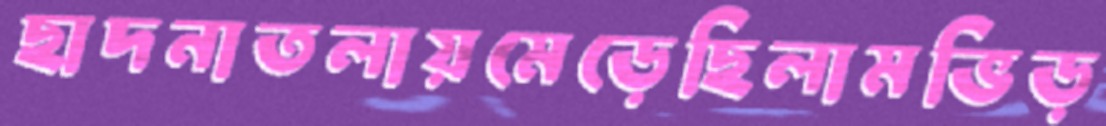
ছাদনাতলায়মেড়েছিলামভিড়